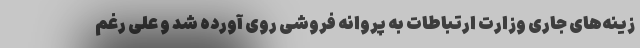
زینه‌های جاری وزارت ارتباطات به پروانه فروشی روی آورده شد و علی رغم